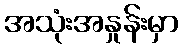
အသုံးအနှုန်းမှာ